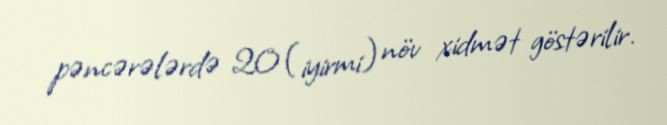
pəncərələrdə 20 (iyirmi) növ xidmət göstərilir.